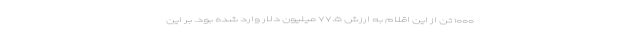
۱۰۰۰ تن از این اقلام به ارزش ۷۷.۵ میلیون دلار وارد شده بود. بر این